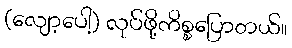
(လျော့ပေါ့) လုပ်ဖို့ကိစ္စပြောတယ်။